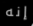
إنه